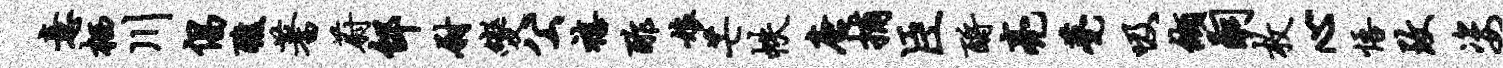
意栖川倡醮蓍蔚邰尉变公禧酢娘芒帙唐捕臣酹亮甍吸缬嗣枚心悟致姿